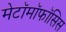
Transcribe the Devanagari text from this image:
मेटॉमॉफॉसिस